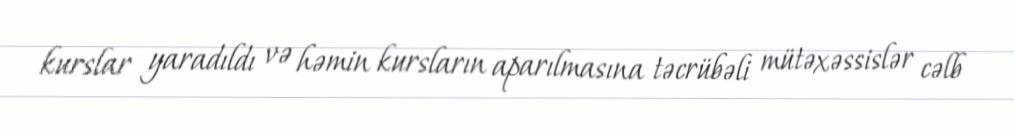
kurslar yaradıldı və həmin kursların aparılmasına təcrübəli mütəxəssislər cəlb